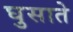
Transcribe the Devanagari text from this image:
घुसाते